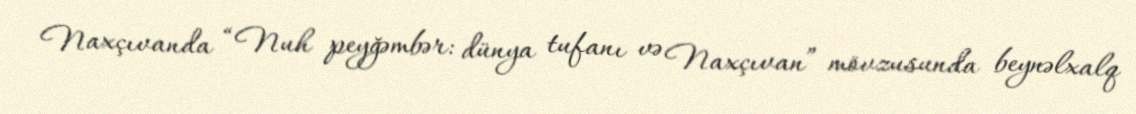
Naxçıvanda “Nuh peyğəmbər: dünya tufanı və Naxçıvan” mövzusunda beynəlxalq